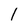
Character: 1